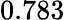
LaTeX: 0.783